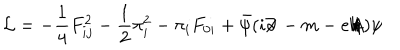
{ \cal L } = - \frac { 1 } { 4 } F _ { i j } ^ { 2 } - \frac { 1 } { 2 } \pi _ { i } ^ { 2 } - \pi _ { i } F _ { 0 i } + \bar { \psi } ( i \partial \! \! \! / \, - m - e A \! \! \! \! / \, ) \psi \nonumber